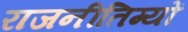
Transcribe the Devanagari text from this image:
राजनीतिग्यों